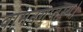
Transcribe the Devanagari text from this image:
वामनगुप्तस्य।